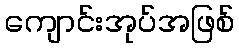
ကျောင်းအုပ်အဖြစ်